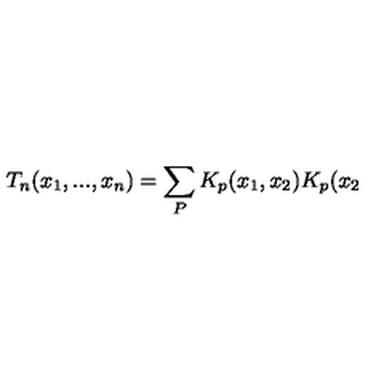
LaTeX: T _ { n } ( x _ { 1 } , . . . , x _ { n } ) = \sum _ { P } K _ { p } ( x _ { 1 } , x _ { 2 } ) K _ { p } ( x _ { 2 }